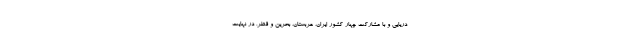
دریایی و با مشارکت چهار کشور ایران، عربستان، بحرین و قطر، در نهایت